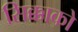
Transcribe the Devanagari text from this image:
सिक्काको